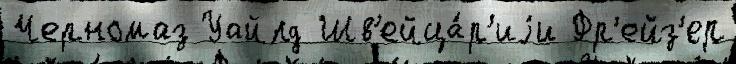
Черномаз Уайлд Шв'ейца́р'иjи Фр'ейз'ер